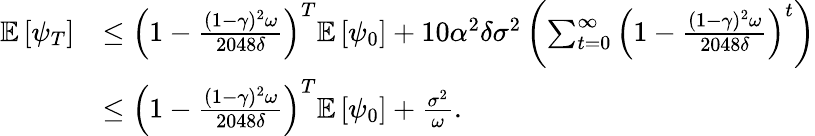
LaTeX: \begin{array}{rl}{\mathbb{E}\left[\psi_{T}\right]}&{\leq\left(1-\frac{(1-\gamma)^{2}\omega}{2048\delta}\right)^{T}\mathbb{E}\left[\psi_{0}\right]+10\alpha^{2}\delta\sigma^{2}\left(\sum_{t=0}^{\infty}\left(1-\frac{(1-\gamma)^{2}\omega}{2048\delta}\right)^{t}\right)}\\ &{\leq\left(1-\frac{(1-\gamma)^{2}\omega}{2048\delta}\right)^{T}\mathbb{E}\left[\psi_{0}\right]+\frac{\sigma^{2}}{\omega}.}\end{array}